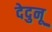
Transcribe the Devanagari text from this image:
देदुनू